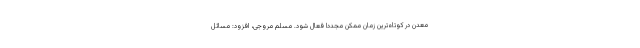
معدن در کوتاه‌ترین زمان ممکن مجدداً فعال شود. مسلم مروجی، افزود: مسائل